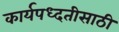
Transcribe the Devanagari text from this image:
कार्यपध्दतीसाठी